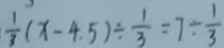
\frac { 1 } { 3 } ( x - 4 . 5 ) \div \frac { 1 } { 3 } = 7 \div \frac { 1 } { 3 }